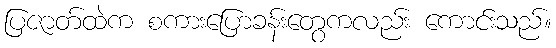
ပြဇာတ်ထဲက စကားပြောခန်းတွေကလည်း ကောင်းသည်။